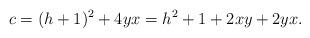
LaTeX: \begin{align*} c=(h+1)^{2}+4yx=h^{2}+1+2xy+2yx. \end{align*}